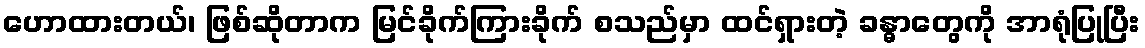
ဟောထားတယ်၊ ဖြစ်ဆိုတာက မြင်ခိုက်ကြားခိုက် စသည်မှာ ထင်ရှားတဲ့ ခန္ဓာတွေကို အာရုံပြုပြီး